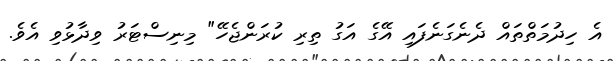
އެ ހިދުމަތްތައް ދެނެގަނެފައި އޭގެ އަގު ތިރި ކުރަންޖެހޭ" މިނިސްޓަރު ވިދާޅުވި އެވެ.